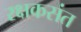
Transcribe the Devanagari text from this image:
रक्षकसंत